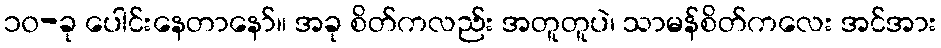
၁၀-ခု ပေါင်းနေတာနော်။ အခု စိတ်ကလည်း အတူတူပဲ၊ သာမန်စိတ်ကလေး အင်အား